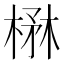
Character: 楙